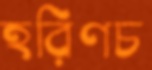
হরিণচ